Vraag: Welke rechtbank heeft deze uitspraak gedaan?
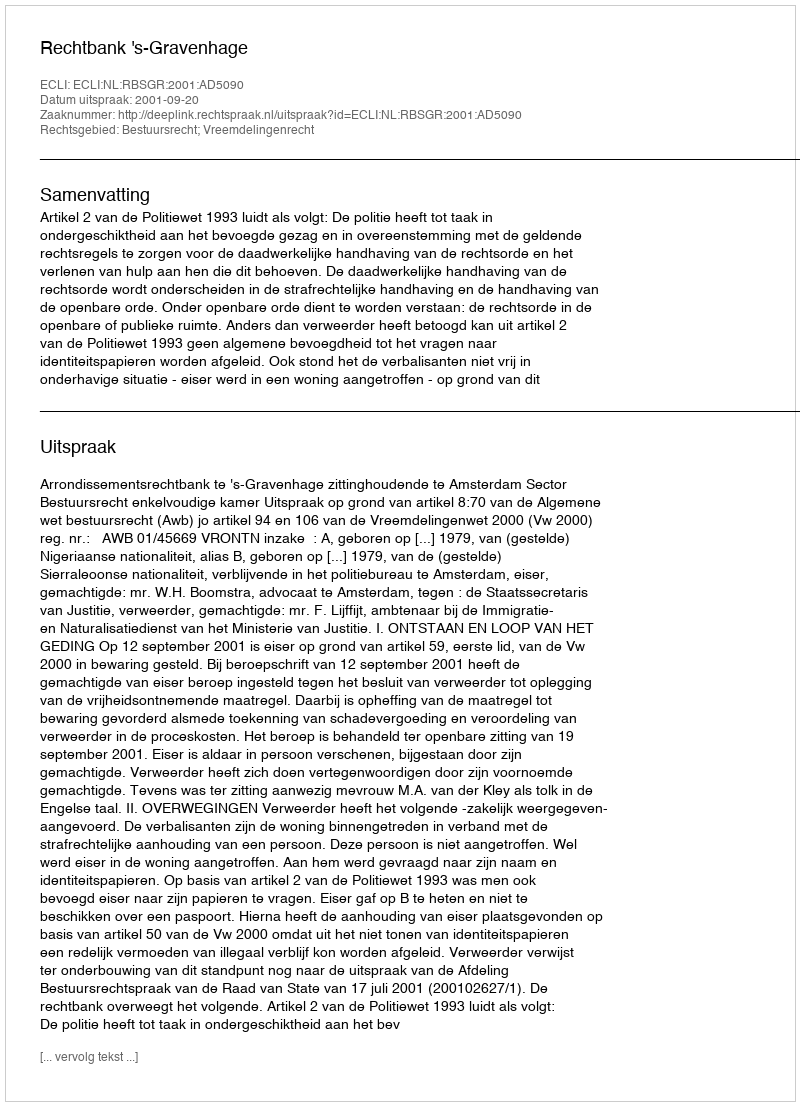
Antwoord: Rechtbank 's-Gravenhage